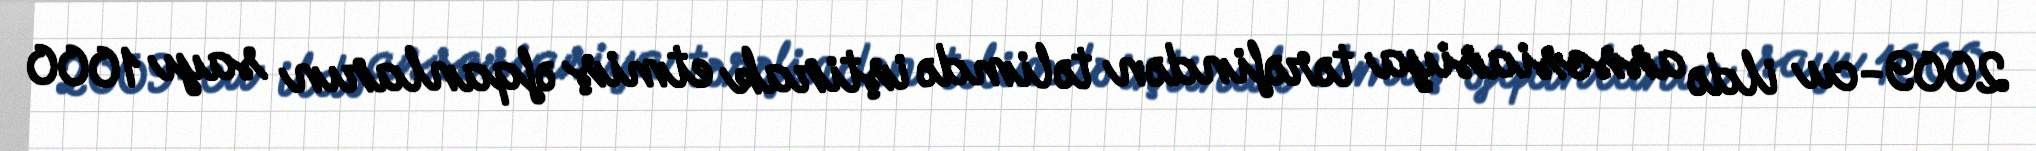
2009-cu ildə assosiasiya tərəfindən təlimdə iştirak etmiş əfqanların sayı 1000